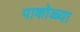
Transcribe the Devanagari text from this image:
पाकोळ्या